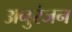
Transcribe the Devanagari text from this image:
अनुरंजन